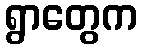
ရွာတွေက